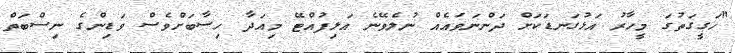
"ހަގީގަތުގަ މީހާރު އަޅުގަނޑަކަށް ދަންނަވައެއް ނުލެވޭނެ އަލިފުއްޓޭ މިއަދާ ހިސާބަށްވެސް ވަޑިންގެ ނިސްބަތް